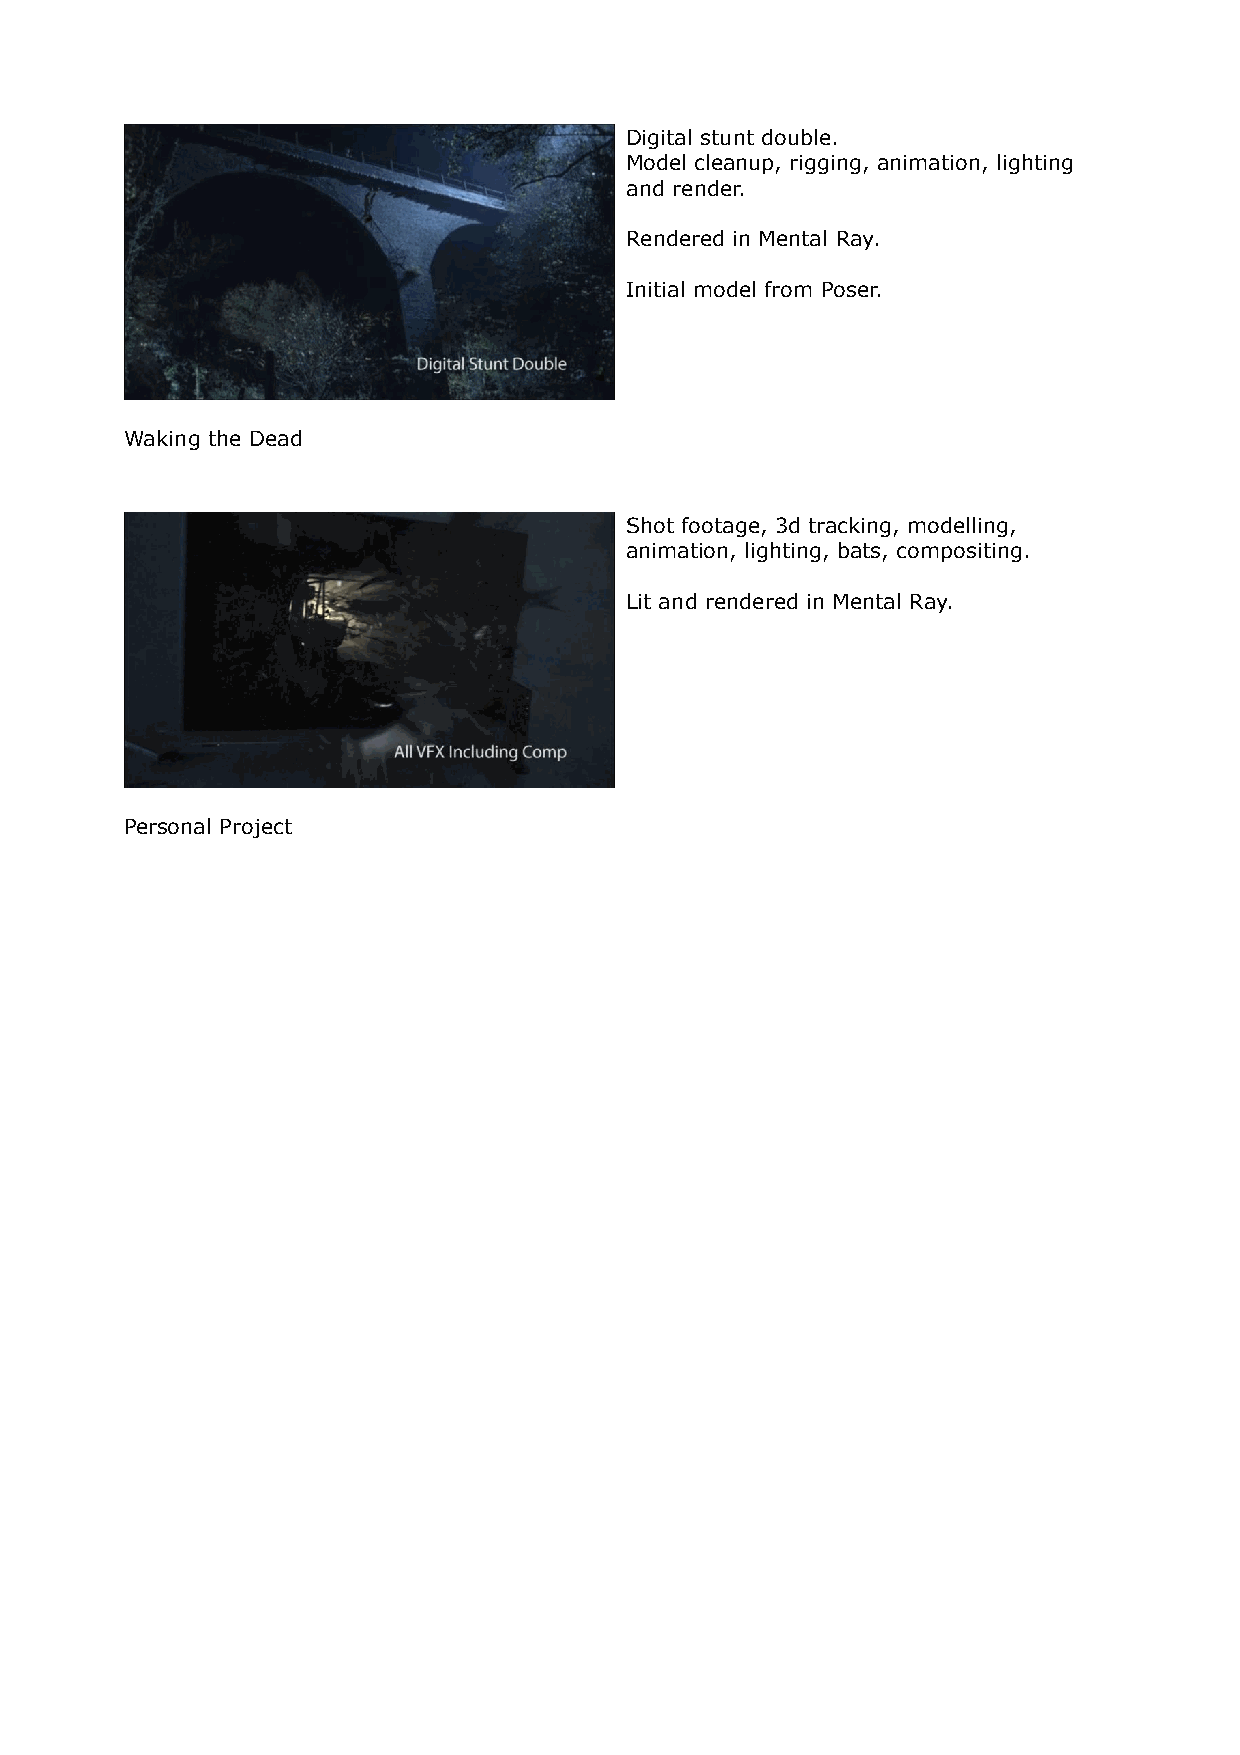
Digital stunt double.
 Model cleanup, rigging, animation, lighting
 and render.
 Rendered in Mental Ray.
 Initial model from Poser.
 Waking the Dead
 Shot footage, 3d tracking, modelling,
 animation, lighting, bats, compositing.
 Lit and rendered in Mental Ray.
 Personal Project